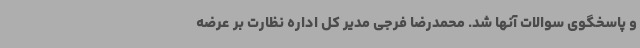
و پاسخگوی سوالات آنها شد. محمدرضا فرجی مدیر کل اداره نظارت بر عرضه